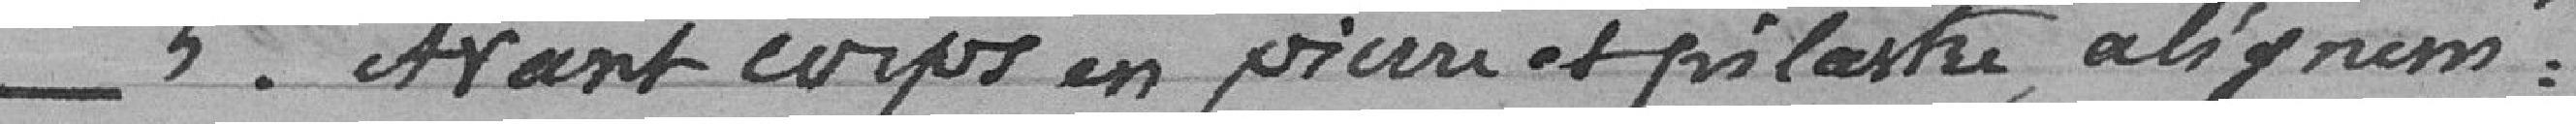
N° 5 Avant corps en pierre et pilastre, alignement